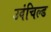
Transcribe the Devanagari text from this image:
उवंचिल्ड